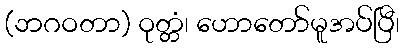
(ဘဂဝတာ) ဝုတ္တံ၊ ဟောတော်မူအပ်ပြီ၊